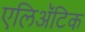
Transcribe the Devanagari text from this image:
एलिअॅटिक